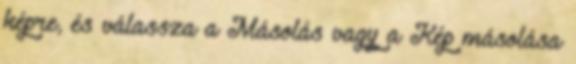
képre, és válassza a Másolás vagy a Kép másolása